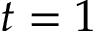
t = 1